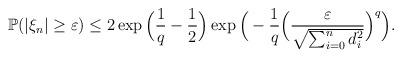
LaTeX: \begin{align*}\mathbb{P}(|\xi_n|\ge\varepsilon)\le 2\exp\Big(\frac{1}{q}-\frac{1}{2}\Big)\exp\Big(-\frac{1}{q}\Big(\frac{\varepsilon}{\sqrt{\sum_{i=0}^nd_i^2}}\Big)^q\Big).\end{align*}